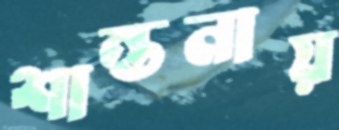
শান্তনায়